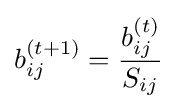
b_{ij}^{(t+1)}={\frac {b_{ij}^{(t)}}{S_{ij}}}